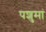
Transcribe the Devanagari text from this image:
पशुमां